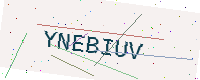
Text: YNEBIUV